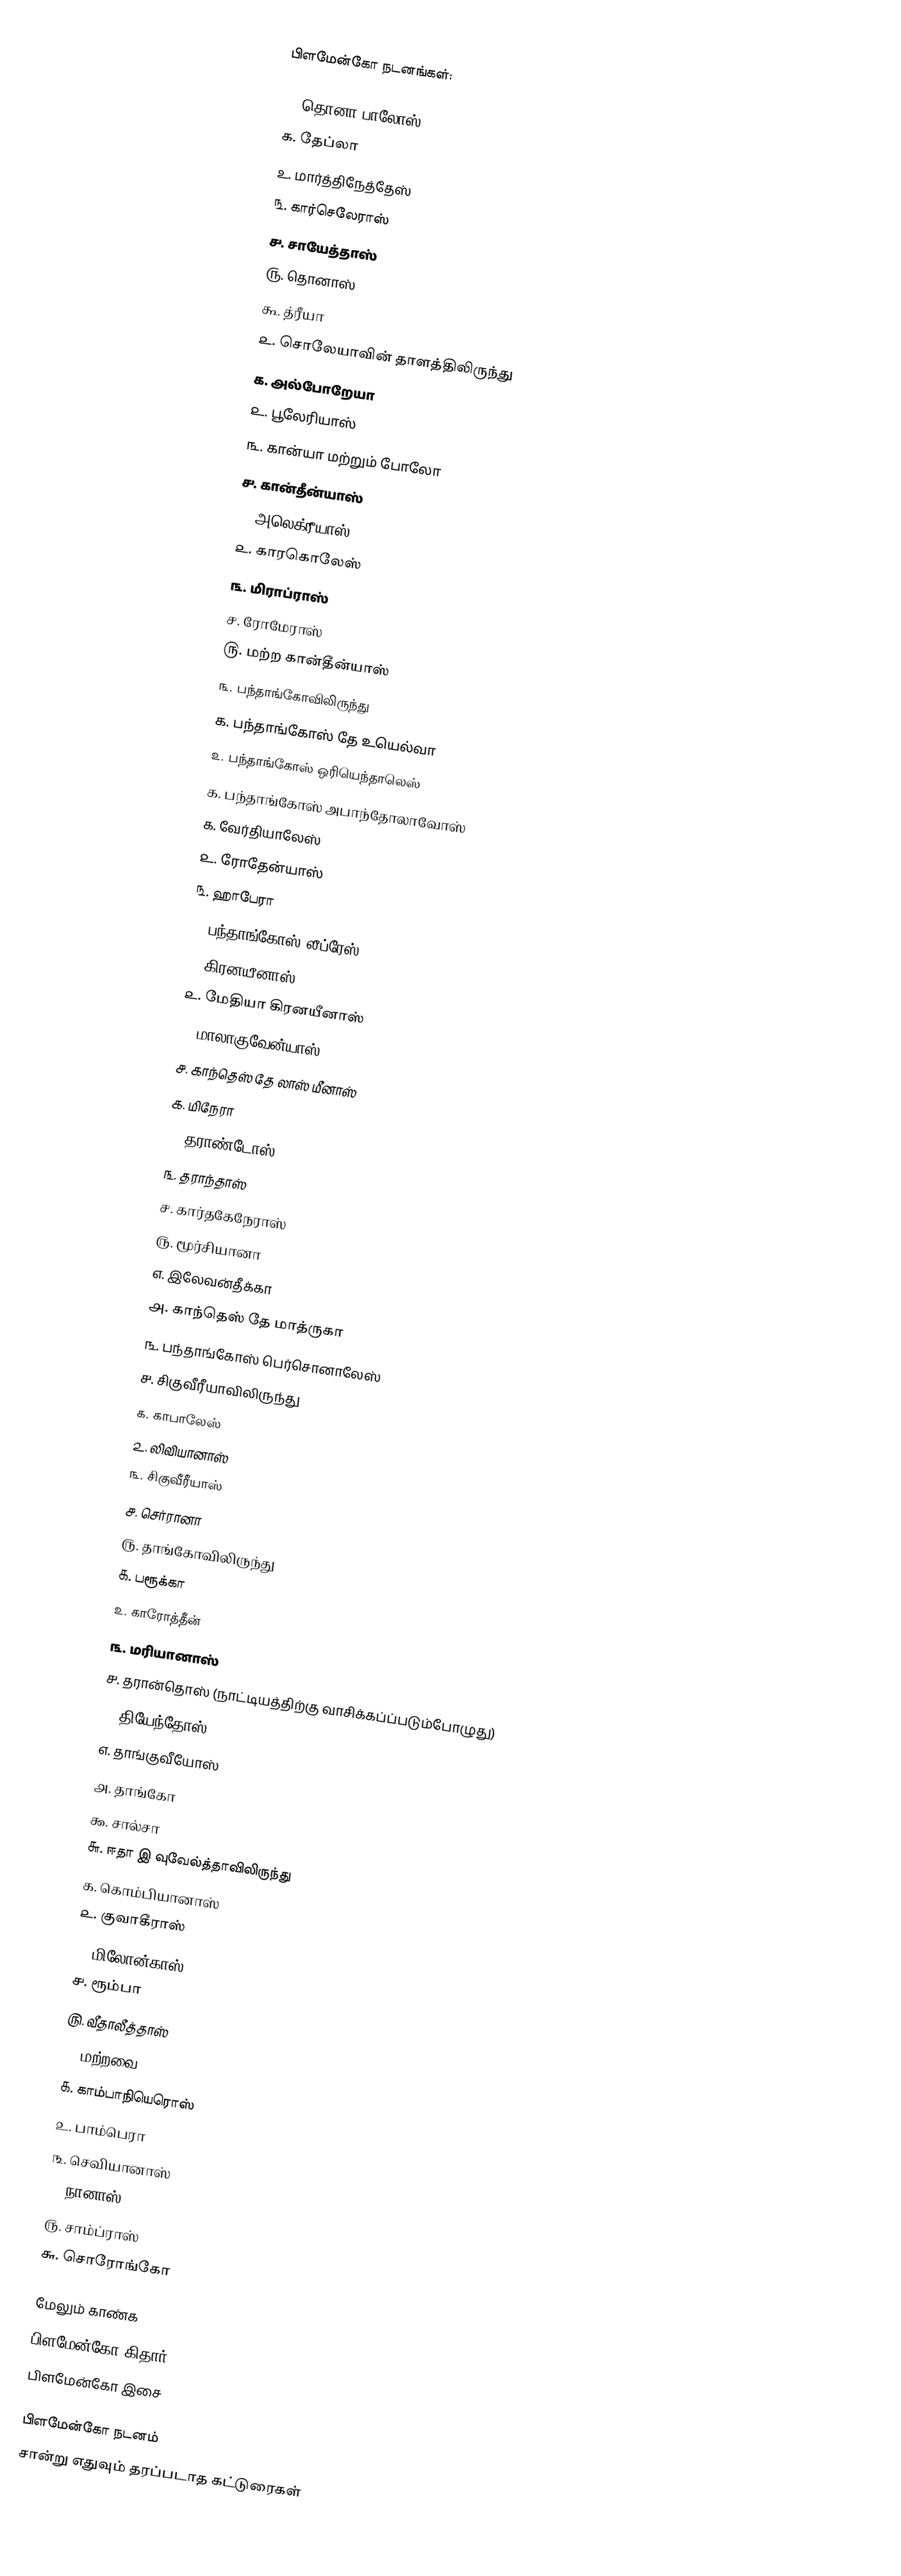
பிளமேன்கோ நடனங்கள்:

௧. தொனா பாலோஸ்
௧. தேப்லா
௨. மார்த்திநேத்தேஸ்
௩. கார்செலேராஸ்
௪. சாயேத்தாஸ்
௫. தொனாஸ்
௬. த்ரீயா
௨. சொலேயாவின் தாளத்திலிருந்து
௧. அல்போறேயா
௨. பூலேரியாஸ்
௩. கான்யா மற்றும் போலோ
௪. கான்தீன்யாஸ்
௧. அலெக்ரீயாஸ்
௨. காரகொலேஸ்
௩. மிராப்ராஸ்
௪. ரோமேராஸ்
௫. மற்ற கான்தீன்யாஸ்
௩. பந்தாங்கோவிலிருந்து
௧. பந்தாங்கோஸ் தே உயெல்வா
௨. பந்தாங்கோஸ் ஒரியெந்தாலெஸ்
௧. பந்தாங்கோஸ் அபாந்தோலாவோஸ்
௧. வேர்தியாலேஸ்
௨. ரோதேன்யாஸ்
௩. ஹாபேரா
௨. பந்தாங்கோஸ் லீப்ரேஸ்
௧. கிரனயீனாஸ்
௨. மேதியா கிரனயீனாஸ்
௩. மாலாகுவேன்யாஸ்
௪. காந்தெஸ் தே லாஸ் மீனாஸ்
௧. மிநேரா
௨. தராண்டோஸ்
௩. தராந்தாஸ்
௪. கார்தகேநேராஸ்
௫. மூர்சியானா
௭. இலேவன்தீக்கா
௮. காந்தெஸ் தே மாத்ருகா
௩. பந்தாங்கோஸ் பெர்சொனாலேஸ்
௪. சிகுவீரீயாவிலிருந்து
௧. காபாலேஸ்
௨. லிவியானாஸ்
௩. சிகுவீரீயாஸ்
௪. செர்ரானா
௫. தாங்கோவிலிருந்து
௧. பரூக்கா
௨. காரோத்தீன்
௩. மரியானாஸ்
௪. தரான்தொஸ் (நாட்டியத்திற்கு வாசிக்கப்ப்படும்போழுது)
௫. தியேந்தோஸ்
௭. தாங்குவீயோஸ்
௮. தாங்கோ
௯. சால்சா
௬. ஈதா இ வுவேல்த்தாவிலிருந்து
௧. கொம்பியானாஸ்
௨. குவாகீராஸ்
௩. மிலோன்காஸ்
௪. ரூம்பா
௫. வீதாலீத்தாஸ்
௭. மற்றவை
௧. காம்பாநியெரொஸ்
௨. பாம்பெரா
௩. செவியானாஸ்
௪. நானாஸ்
௫. சாம்ப்ராஸ்
௬. சொரோங்கோ

மேலும் காண்க
 பிளமேன்கோ கிதார்
 பிளமேன்கோ இசை

பிளமேன்கோ நடனம்
சான்று எதுவும் தரப்படாத கட்டுரைகள்